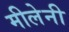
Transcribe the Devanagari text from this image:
मीलेनी